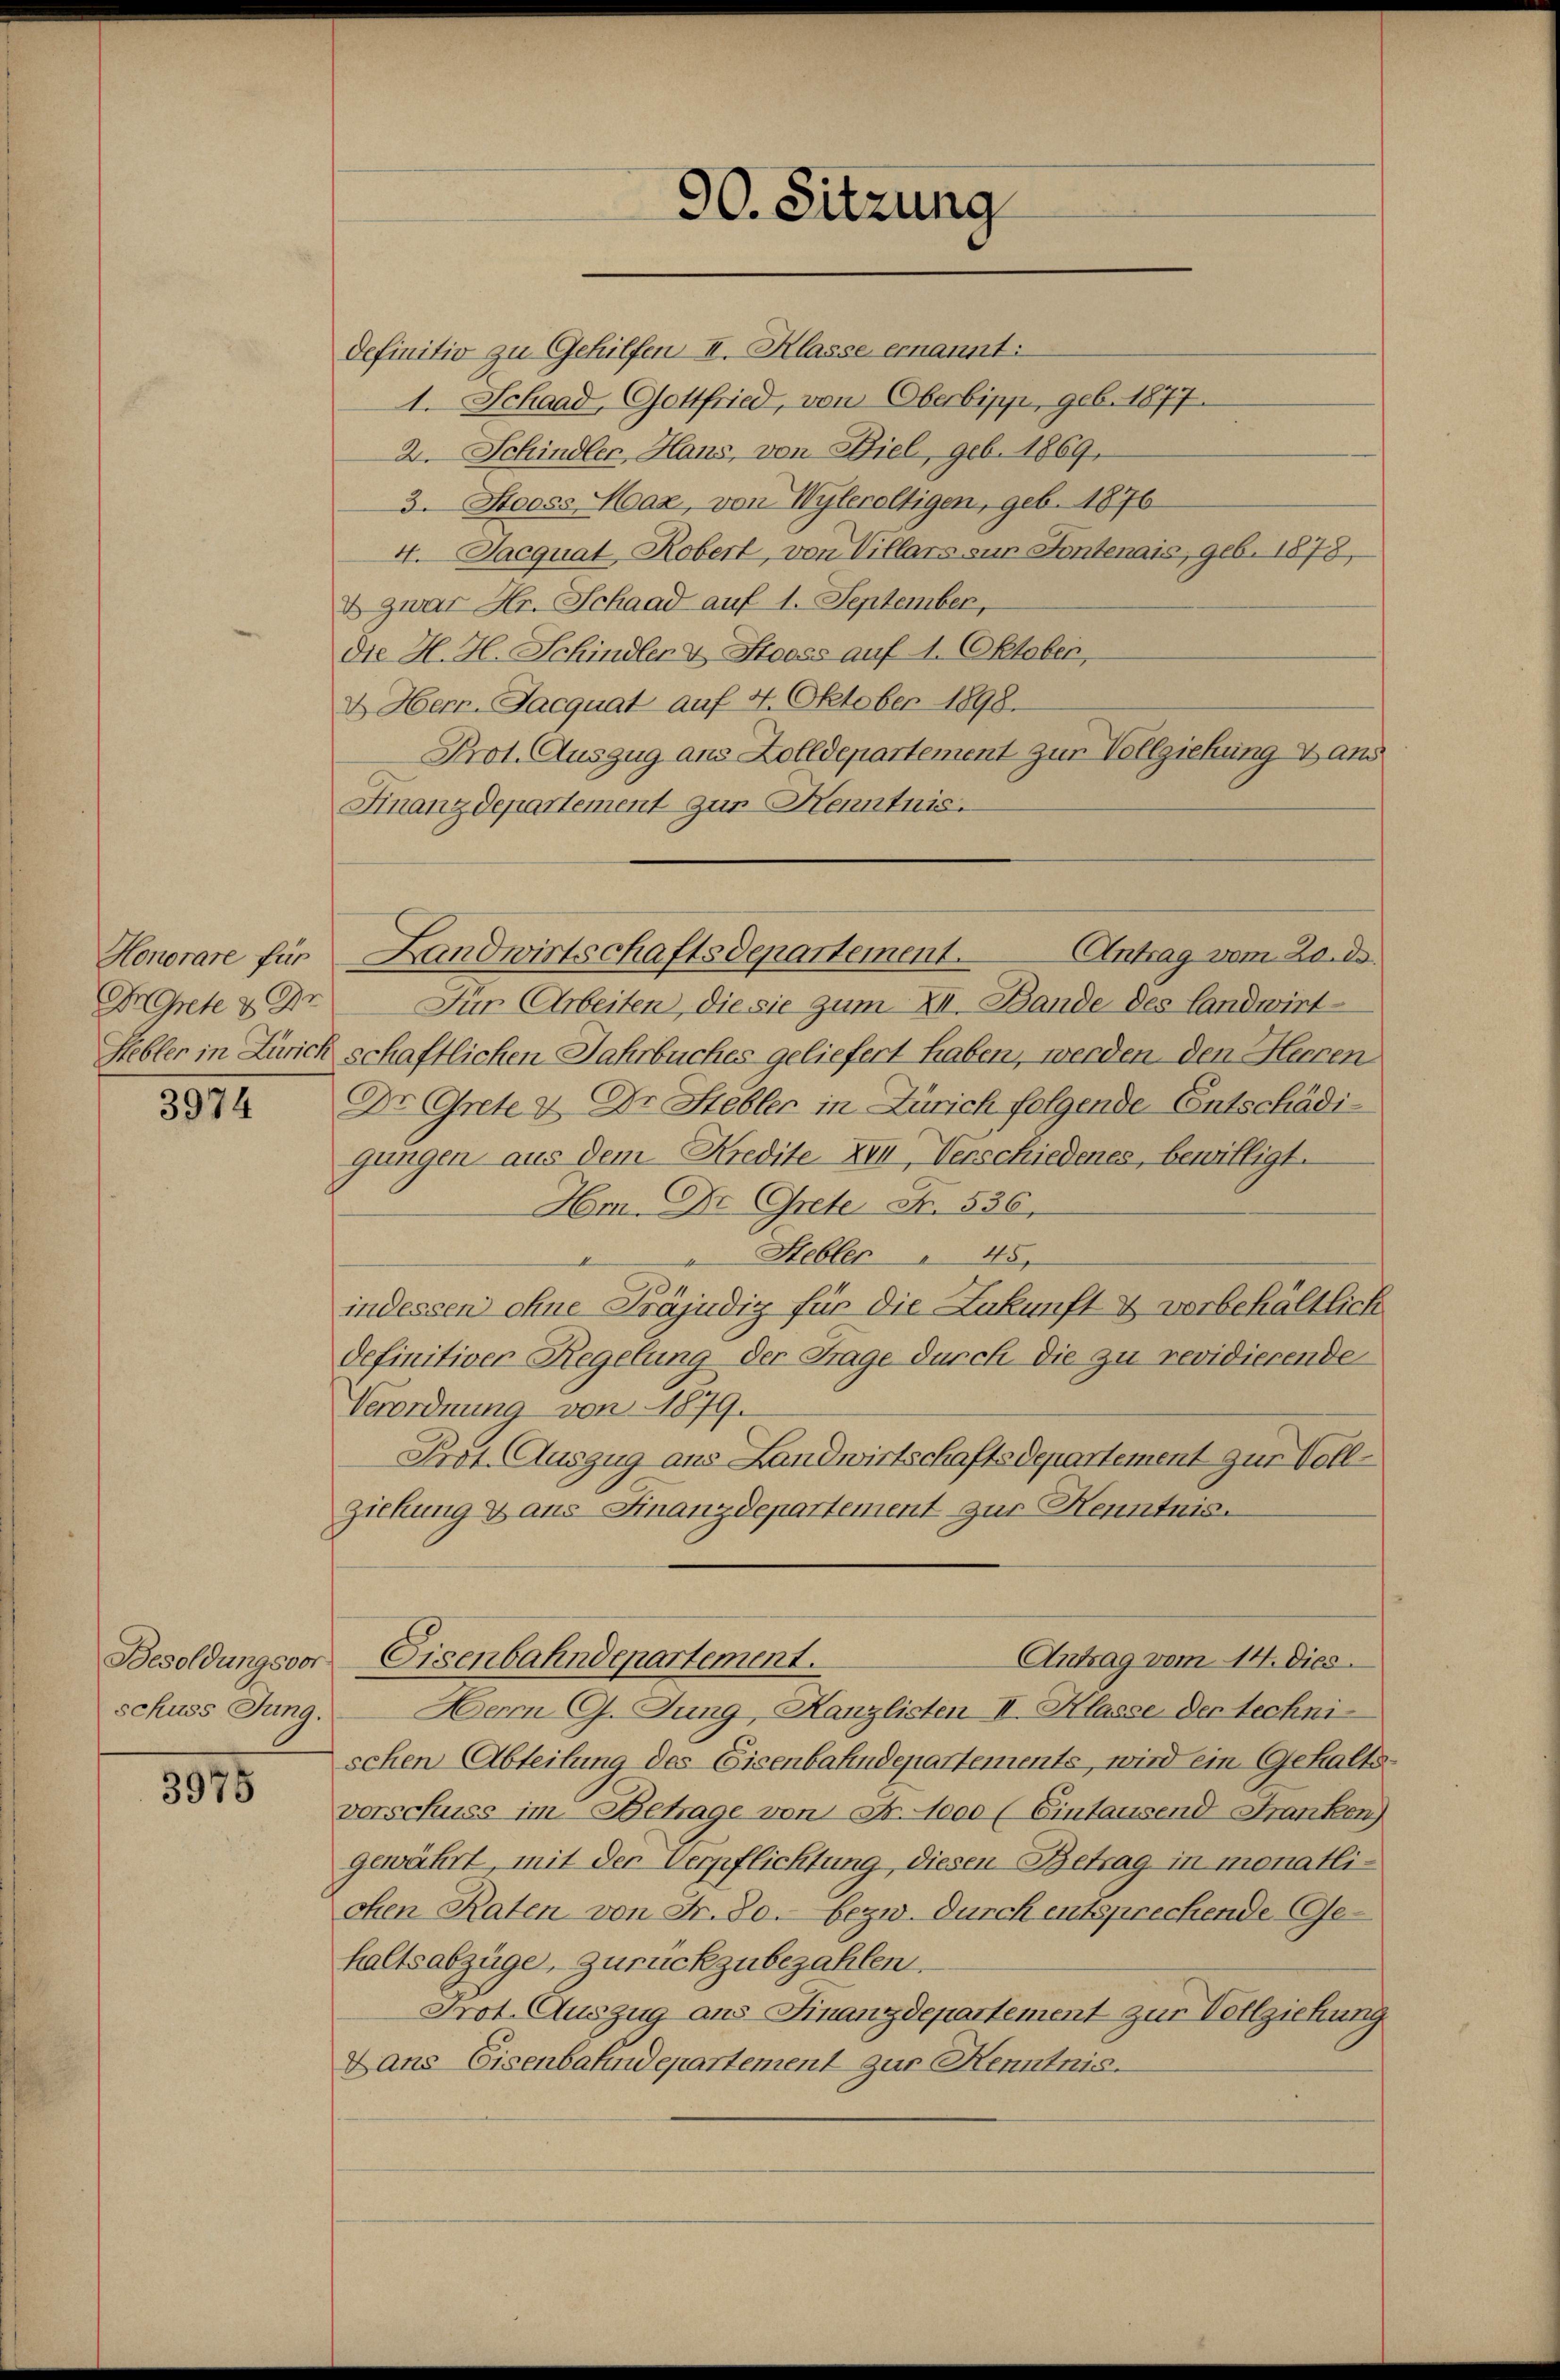
Honorare für
In Grete u. Dr
Hebler in Zuric

3974

Besoldungsvor
schuss Jung.

3975

definitiv zu Gehilfen II. Klasse ernannt:
1. Schaad, Gottfried, von Oberbipp, geb. 1877.
2. Schindler, Hans, von Biel, geb. 1869.
3. Stooss Max, von Wyleroltigen, geb. 1876
4. Jacquat Robert, von Villars sur Fontenais, geb. 1878,
& zwar Hr. Schaad auf 1. September,
die H. H. Schindler & Stooss auf 1. Oktober,
& Herr-Jacquat auf 4. Oktober 1898.
Prot. Auszug aus Zolldepartement zur Vollziehung & aus
Finanzdepartement zur Kenntnis.
Für Arbeiten, die sie zum XII. Bande des Landwirt-
schaftlichen Jahrbuches geliefert haben, werden den Herren
Dr. Grete & Dr Stebler in Zürich folgende Entschädigangen aus dem Kredite XVII, Verschiedenes, bewilligt.
Hm. Dr. Grete Fr. 536.
"Hebler " 48
indessen ohne Präjudiz für die Zukunft & vorbehältlich
definitiver Regelung der Frage durch die zu revidierende
Verordnung von 1879.
Prot. Auszug aus Landwirtschaftsdepartement zur Voll¬
Ziehung & aus Finanzdepartement zur Henntnis.
Eisenbahndepartement.
Antrag vom 14. Dies
Herrn CG. Jung, Kanzlisten II. Klasse der technischen Abteilung des Eisenbahndepartements, wird ein Gehaltsvorschuss im Betrage von Fr. 1000 (Eintausend Franken)
gewährt, mit der Verpflichtung, diesen Betrag in monatlichen Raten von Fr. 80. bezw. durch entsprechende Gehaltsabzüge, zurückzubezahlen.
Prot. Auszug aus Finanzdepartement zur Vollziehung
Dans Eisenbahndepartement zur Kenntnis.

90. Sitzung

Landwirtschaftsdepartement. Antrag vom 20. ds.